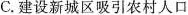
C.建设新城区吸引农村人口